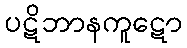
ပဋိဘာနကူဋော